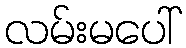
လမ်းမပေါ်